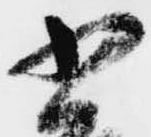
書